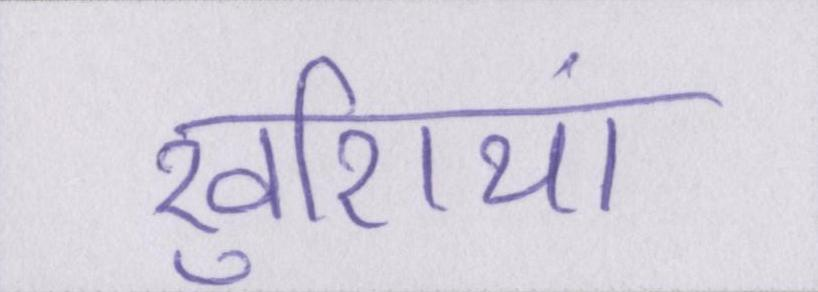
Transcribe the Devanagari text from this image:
खुशियां